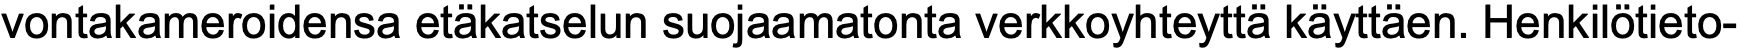
vontakameroidensa etäkatselun suojaamatonta verkkoyhteyttä käyttäen. Henkilötieto-